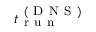
t _ { \mathrm { ~ r ~ u ~ n ~ } } ^ { \mathrm { ~ ( ~ D ~ N ~ S ~ ) ~ } }